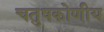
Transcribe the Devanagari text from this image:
चतुषकोणीय